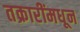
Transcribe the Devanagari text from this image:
तक्रारींमधून